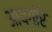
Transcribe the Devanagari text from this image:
आयगॉर